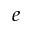
e